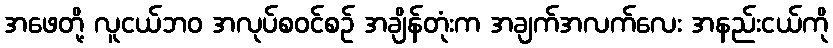
အဖေတို့ လူငယ်ဘဝ အလုပ်စဝင်စဉ် အချိန်တုံးက အချက်အလက်လေး အနည်းငယ်ကို